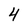
Character: 4